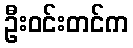
ဦးဝင်းတင်က